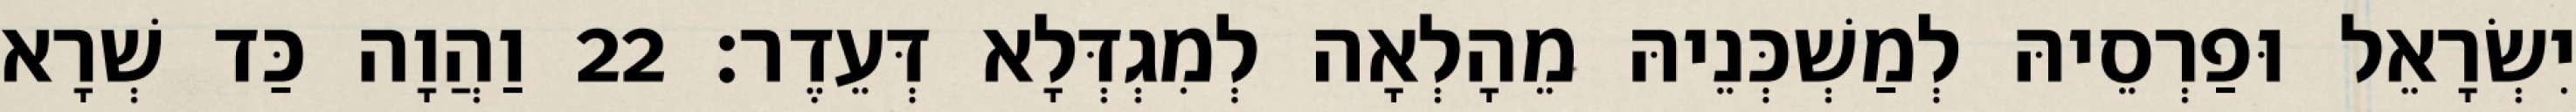
יִשְׂרָאֵל וּפַרְסֵיהּ לְמַשְׁכְּנֵיהּ מֵהָלְאָה לְמִגְדְּלָא דְּעֵדֶר׃ 22 וַהֲוָה כַּד שְׁרָא